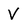
Character: V